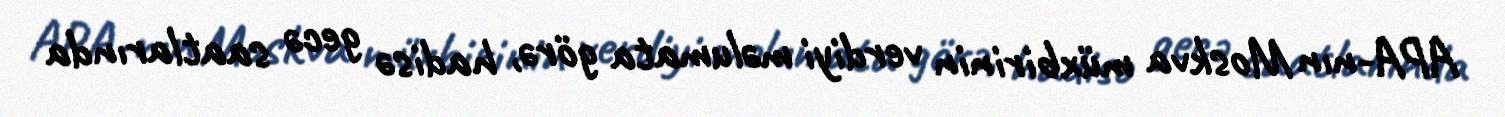
APA-nın Moskva müxbirinin verdiyi məlumata görə, hadisə gecə saatlarında